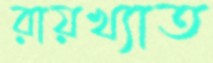
রায়খ্যাত